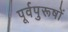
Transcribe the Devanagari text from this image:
पूर्वपुरूषों